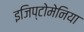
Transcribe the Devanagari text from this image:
इजिप्टोमेनिया